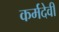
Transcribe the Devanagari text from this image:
कर्मदेवी